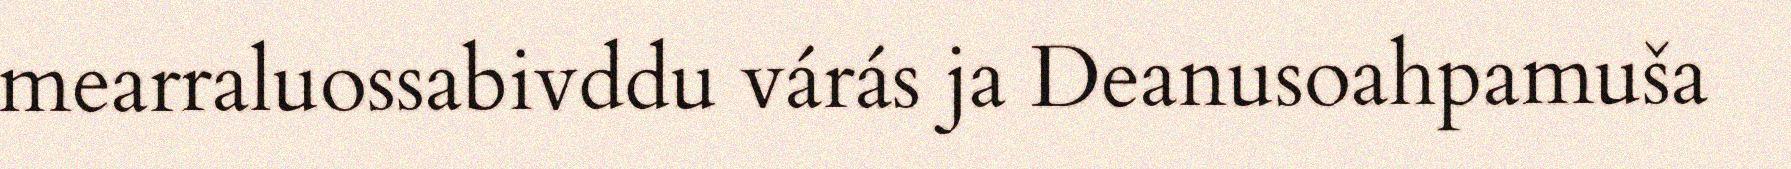
mearraluossabivddu várás ja Deanusoahpamuša